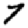
Digit: 7